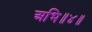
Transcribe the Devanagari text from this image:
अभि॥४॥